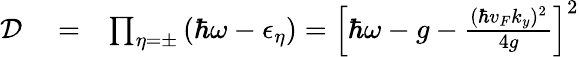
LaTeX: \begin{array}{rlr}{\mathcal{D}}&{{}=}&{\prod_{\eta=\pm}\left(\hbar\omega-\epsilon_{\eta}\right)=\left[\hbar\omega-g-\frac{(\hbar v_{F}k_{y})^{2}}{4g}\right]^{2}}\end{array}